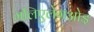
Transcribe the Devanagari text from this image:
मलिएलेगओइ